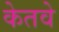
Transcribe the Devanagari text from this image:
केतवे